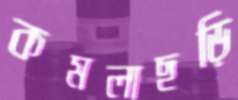
কমলাছড়ি